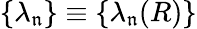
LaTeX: \{ \lambda_{\mathfrak{n}}\} \equiv\{ \lambda_{\mathfrak{n}}(R)\}